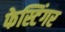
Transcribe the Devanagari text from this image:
फेस्टिंगर